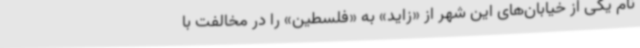
نام یکی از خیابان‌های این شهر از «زاید» به «فلسطین» را در مخالفت با